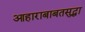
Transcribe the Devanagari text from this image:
आहाराबाबतसुद्धा